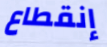
إنقطاع